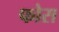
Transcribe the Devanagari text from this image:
फोस